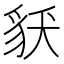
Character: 𧲶